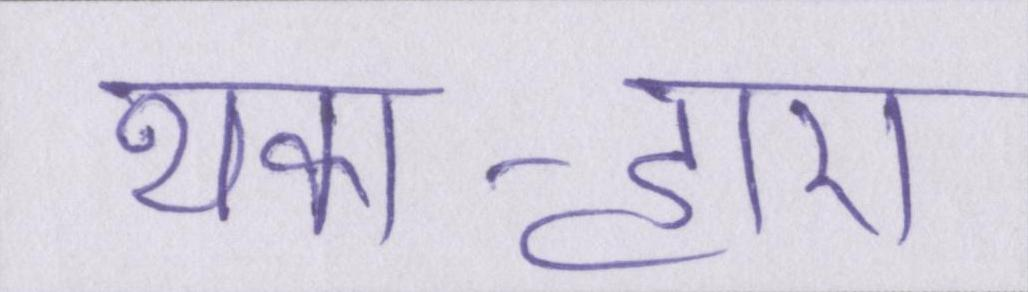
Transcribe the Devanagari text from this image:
थका-हारा